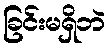
ခြင်းမရှိဘဲ